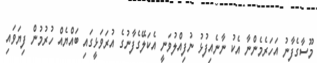
މޫސާގެފާނު އަހަރެމެންނާ އެކު ނާނެއިފުޅު ނުފިއްލުވަނީ އެކަލޭގެފާނުގެ އުރަވަޅީގައި ބައްޔެއް ހުރުމުން ފިޔަވައި